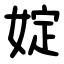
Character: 婝